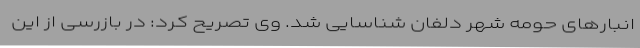
انبارهای حومه شهر دلفان شناسایی شد. وی تصریح کرد: در بازرسی از این